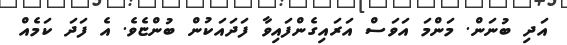
އަދި ބުނަން. މަންމަ އަވަސް އަރައިގެންފައިވާ ފަދައަކުން ބުންޏެވެ. އެ ފަދަ ކަމެއް